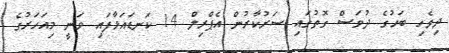
ދިވެހި ބަހުގެ ދުވަސް ގޮތުގައި ސަރުކާރުން އެޕްރިލް 14 ކަނޑައަޅާފައި ވަނީ މިއަހަރުގެ